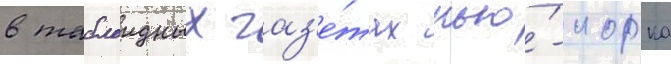
в таблоидных газ'е́тах нью́-иорка